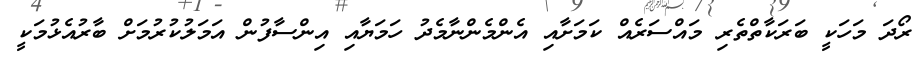
ރޯދަ މަހަކީ ބަރަކާތްތެރި މައްސަރެއް ކަމަށާއި އެންމެންނާމެދު ހަމަޔާއި އިންސާފުން އަމަލުކުރުމަށް ބާރުއެޅުމަކީ